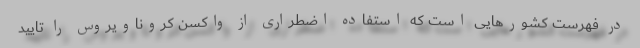
در فهرست کشورهایی است که استفاده اضطراری از واکسن کروناویروس را تایید